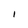
Character: I